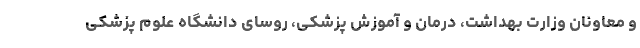
و معاونان وزارت بهداشت، درمان و آموزش پزشکی، روسای دانشگاه علوم پزشکی